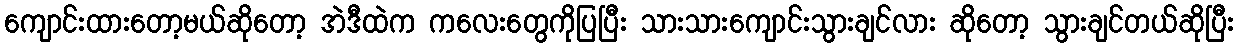
ကျောင်းထားတော့မယ်ဆိုတော့ အဲဒီထဲက ကလေးတွေကိုပြပြီး သားသားကျောင်းသွားချင်လား ဆိုတော့ သွားချင်တယ်ဆိုပြီး